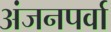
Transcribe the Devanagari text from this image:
अंजनपर्वा